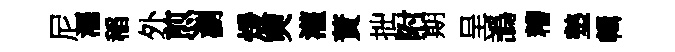
尼濯稲外煎瀏煖奭灌蕡拙附期呈譌糟墊輯